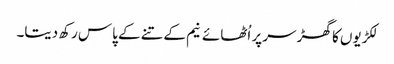
لکڑیوں کا گھڑ سر پر اُٹھائے نیم کے تنے کے پاس رکھ دیتا۔